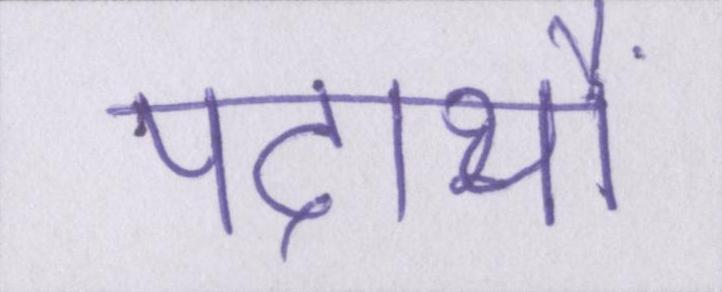
पदार्थों